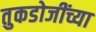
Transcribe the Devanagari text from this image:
तुकडोजींच्या